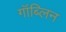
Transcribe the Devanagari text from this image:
गॉब्लिन